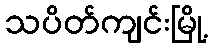
သပိတ်ကျင်းမြို့